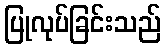
ပြုလုပ်ခြင်းသည်